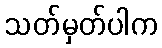
သတ်မှတ်ပါက